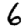
Digit: 6